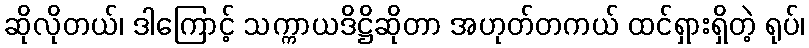
ဆိုလိုတယ်၊ ဒါကြောင့် သက္ကာယဒိဋ္ဌိဆိုတာ အဟုတ်တကယ် ထင်ရှားရှိတဲ့ ရုပ်၊